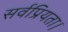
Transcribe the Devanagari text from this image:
सर्वप्रियता।